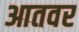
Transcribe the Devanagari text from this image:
आतवर